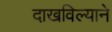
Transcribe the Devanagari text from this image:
दाखविल्याने